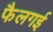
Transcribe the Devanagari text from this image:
फैलगई